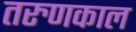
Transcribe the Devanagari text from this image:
तरुणकाल